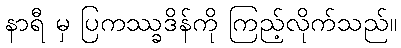
နာရီ မှ ပြကဿ္ခဒိန်ကို ကြည့်လိုက်သည်။